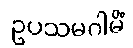
ဥပသမဂါမိံ